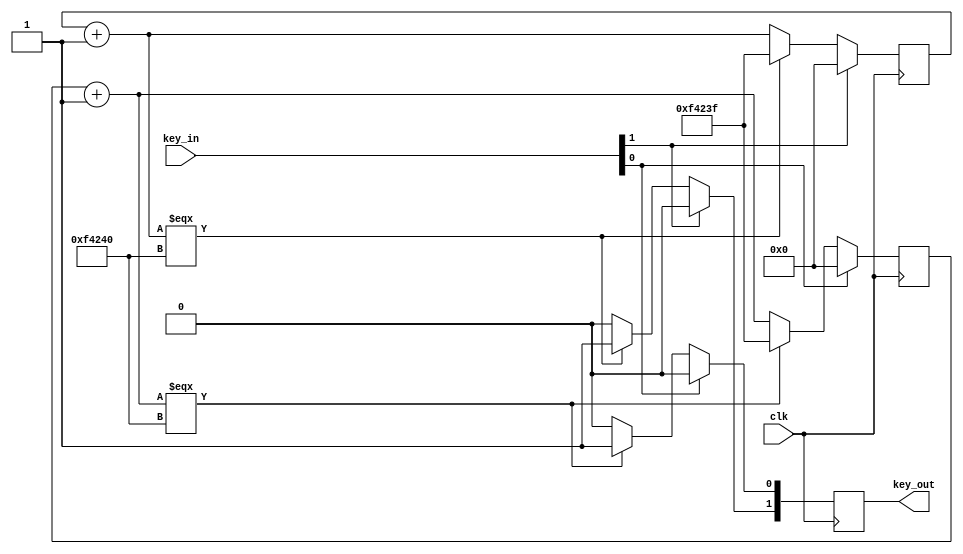
module key(
	input 				clk,
	input		[1:0]	key_in,
	output reg 	[1:0]	key_out);
	
	reg [31:0] cnt[1:0];//
	initial cnt[0] = 0;//
	initial cnt[1] = 0;//
	
	always@(posedge clk)
	begin
		if(!key_in[0])//
		begin
			cnt[0] = cnt[0] + 1;//
			if(cnt[0] === 50*1000*20)//20ms
			begin
				key_out[0] = 1;//
				cnt[0] =50*1000*20-1;//
			end
			else
			begin//0
				key_out[0] = 0;
			end
		end
		else
		begin//
			key_out[0] = 0;//0
			cnt[0] = 0;//
		end
		
		if(!key_in[1])//
		begin
			cnt[1] = cnt[1] + 1;//
			if(cnt[1] === 50*1000*20)//20ms
			begin
				key_out[1] = 1;//
				cnt[1] =50*1000*20-1;//
			end
			else
			begin//0
				key_out[1] = 0;
			end
		end
		else
		begin//
			key_out[1] = 0;//0
			cnt[1] = 0;//
		end
	end
endmodule